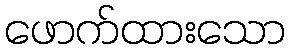
ဖောက်ထားသော